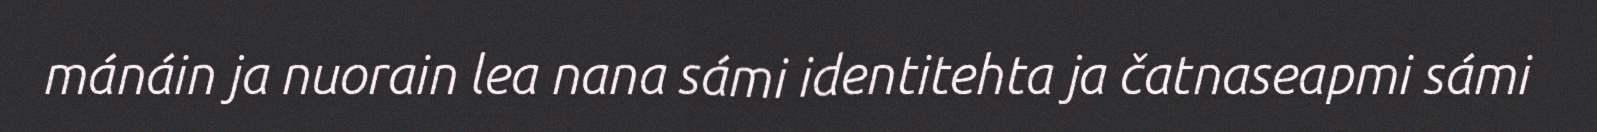
mánáin ja nuorain lea nana sámi identitehta ja čatnaseapmi sámi